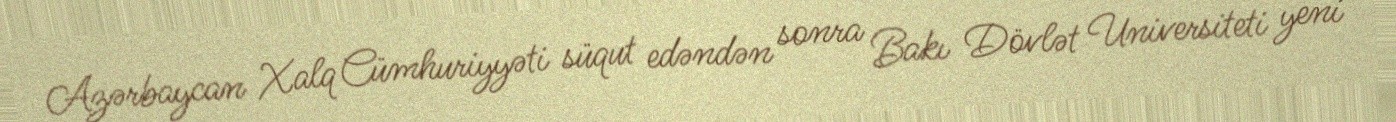
Azərbaycan Xalq Cümhuriyyəti süqut edəndən sonra Bakı Dövlət Universiteti yeni